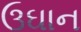
ઉઘાન